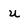
Character: u